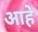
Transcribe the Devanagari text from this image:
आहेे